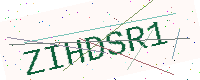
Text: ZIHDSR1